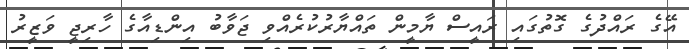
އޭގެ ރައްދުގެ ގޮތުގައި ރައީސް ޔާމީން ތައްޔާރުކުރެއްވި ޖަވާބު އިންޑިއާގެ ހާރިޖީ ވަޒީރު